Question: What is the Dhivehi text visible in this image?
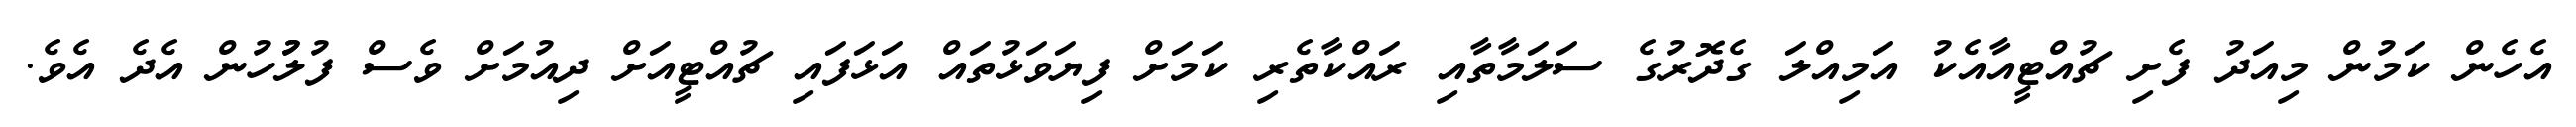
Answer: އެހެން ކަމުން މިއަދު ފެށި ޗުއްޓީއާއެކު އަމިއްލަ ގެދޮރުގެ ސަލަމާތާއި ރައްކާތެރި ކަމަށް ފިޔަވަޅުތައް އަޅަފައި ޗުއްޓީއަށް ދިއުމަށް ވެސް ފުލުުހުން އެދެ އެވެ.